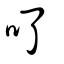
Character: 𠮩